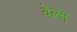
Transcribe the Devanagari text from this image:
वेल्स्